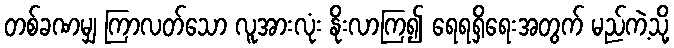
တစ်ခဏမျှ ကြာလတ်သော လူအားလုံး နိုးလာကြ၍ ရေရရှိရေးအတွက် မည်ကဲ့သို့